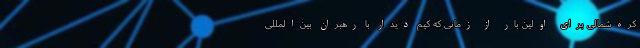
کره‌شمالی برای اولین بار از زمانی که کیم دیدار با رهبران بین‌المللی